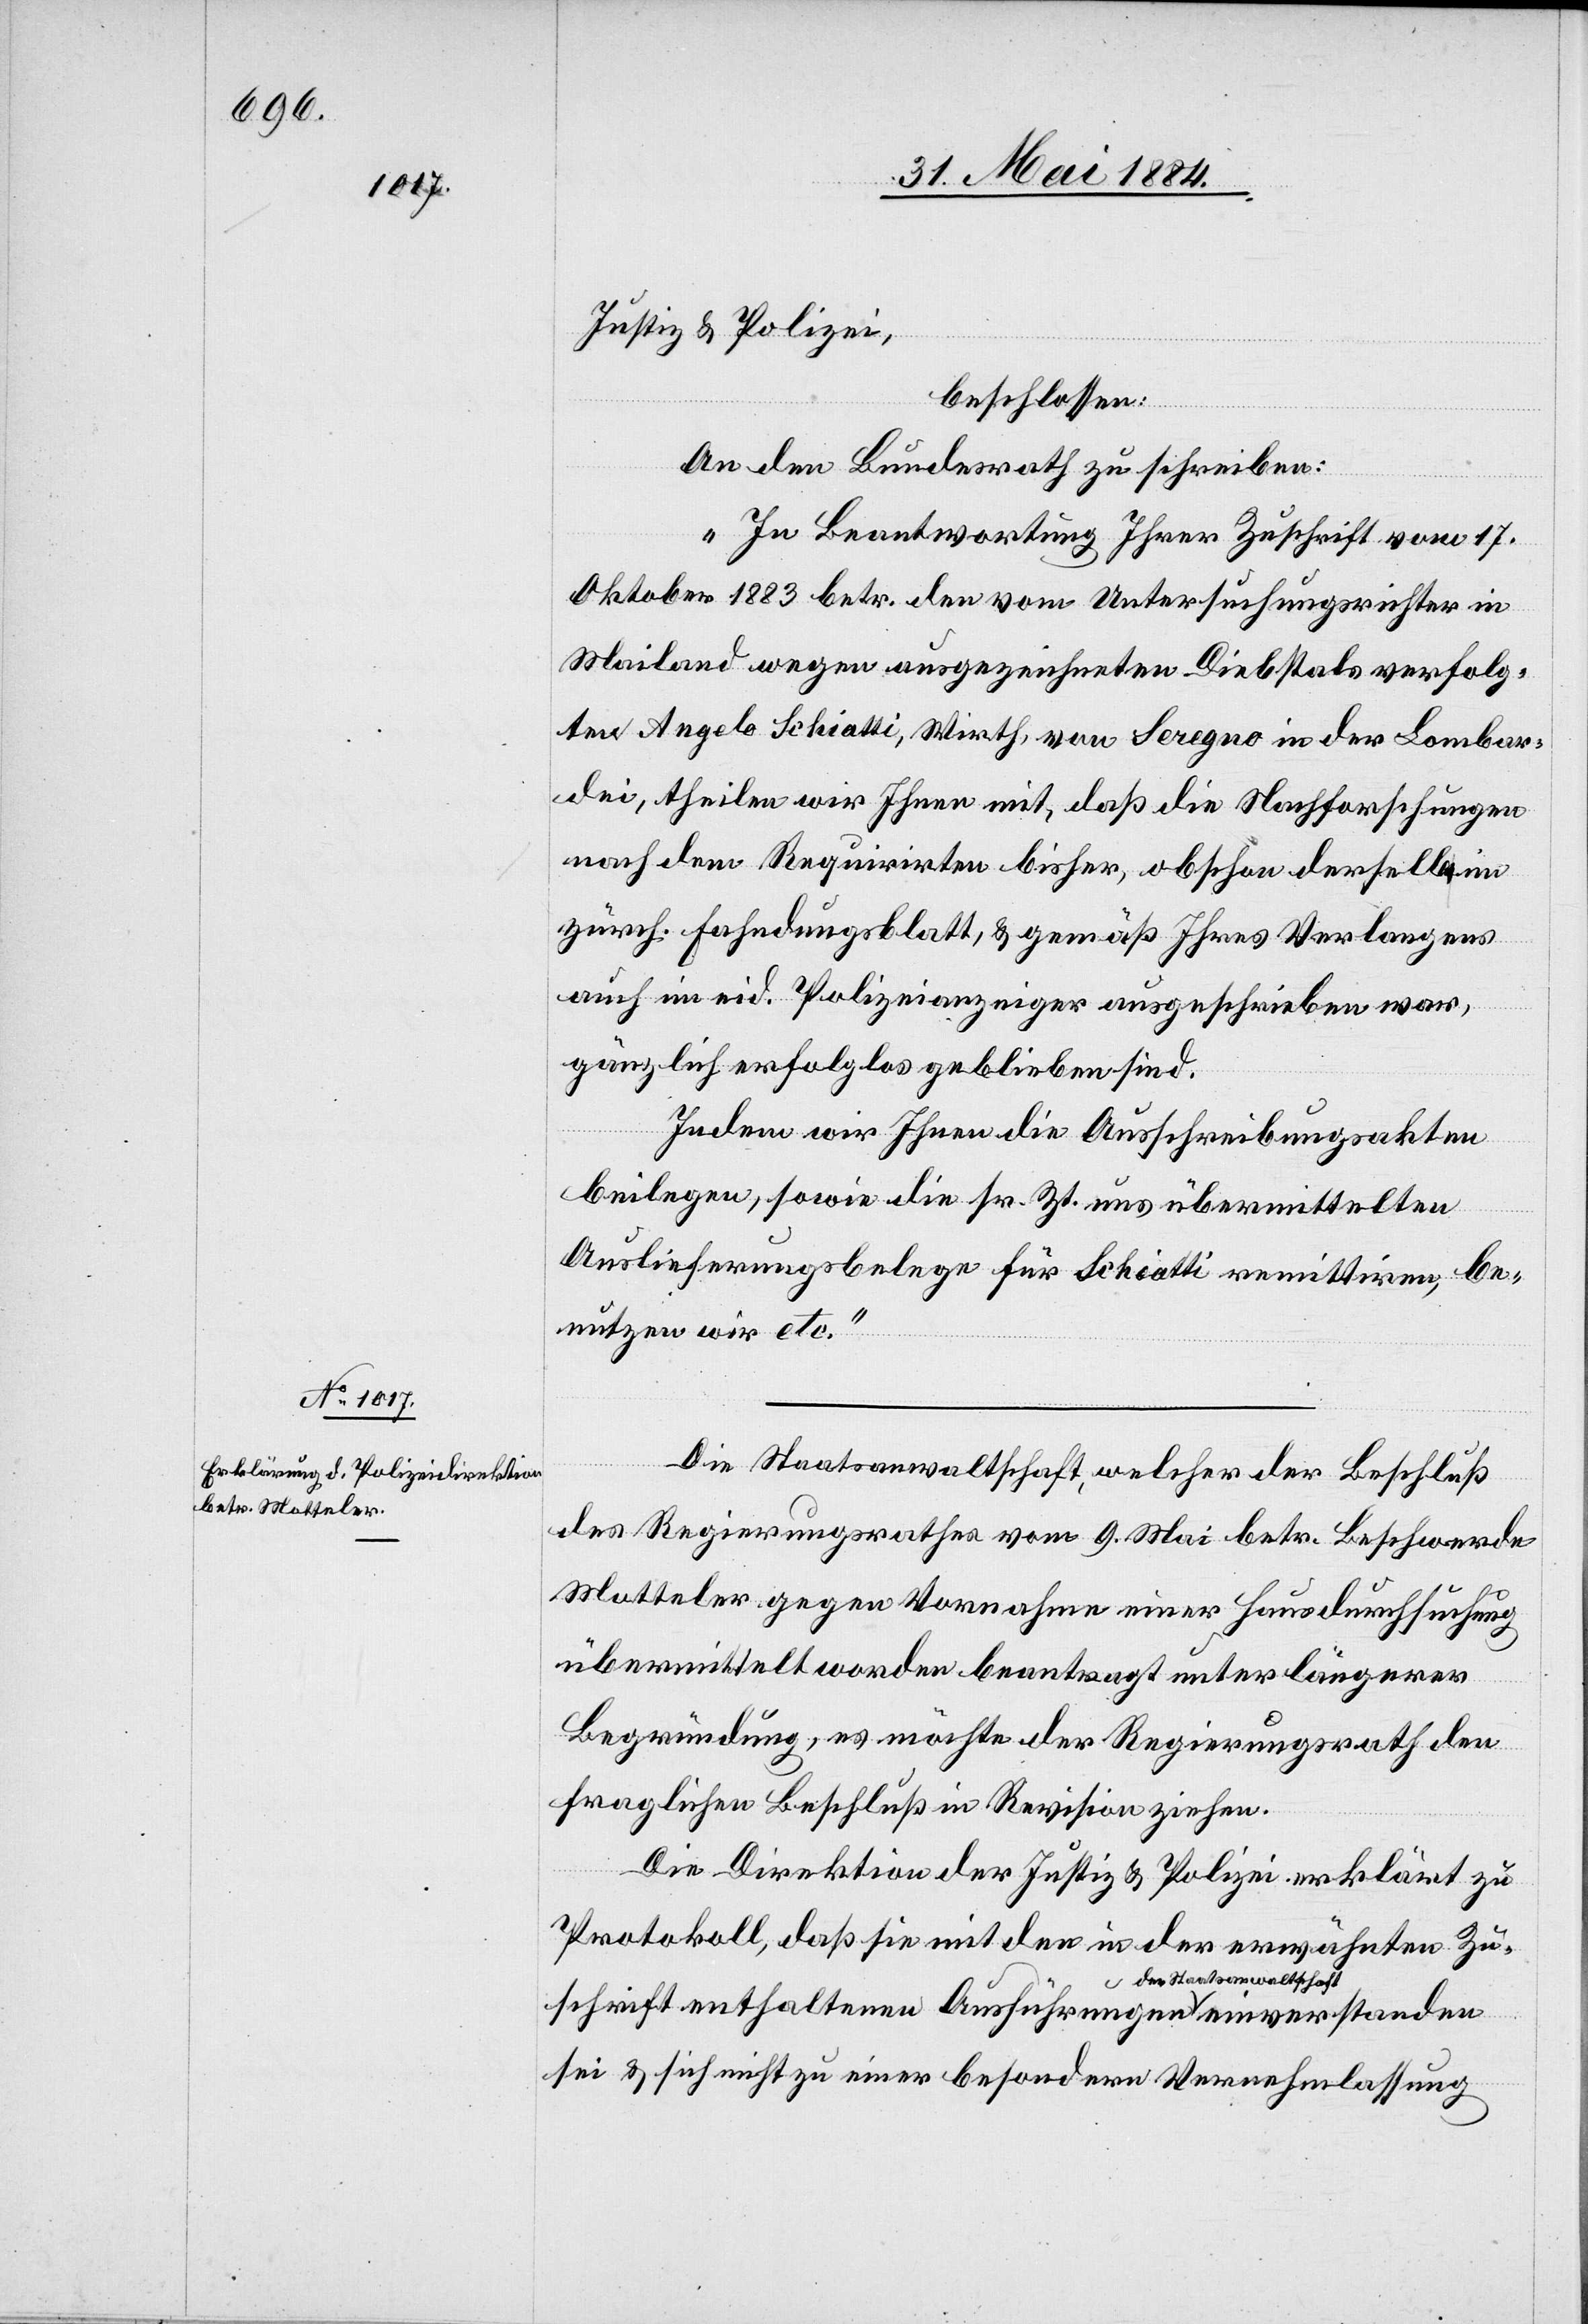
altschaft-a

Justiz & Polizei,
beschlossen:
An den Bundesrath zu schreiben:
„In Beantwortung Ihrer Zuschrift vom 17.
Oktober 1883 betr. den vom Untersuchungsrichter in
Mailand wegen ausgezeichneten Diebstals verfolg¬
ten Angelo Schiatti, Wirth, von Seregno in der Lombar¬
dei, theilen wir Ihnen mit, daß die Nachforschungen
nach dem Requirirten bisher, obschon derselbe im
zürch. Fahndungsblatt, & gemäß Ihres Verlangens
auch im eid. Polizeianzeiger ausgeschrieben war
gänzlich erfolglos geblieben sind.
Indem wir Ihnen die Ausschreibungsakten
beilegen, sowie die sr. Zt. uns übermittelten
Auslieferungsbelege für Schiatti remittiren, be¬
nutzen wir etc.“
Die Staatsanwaltschaft, welcher der Beschluß
des Regierungsrathes vom 9. Mai betr. Beschwerde
Motteler gegen Vornahme einer Hausdurchsuchung
übermittelt worden beantragt unter längerer
Begründung, es möchte der Regierungsrath den
fraglichen Beschluß in Revision ziehen.
Die Direktion der Justiz & Polizei erklärt zu
Protokoll, daß sie mit den in der erwähnten Zu¬
schrift enthaltenen Ausführungen a-der Staatsanw¬
sei & sich nicht zu einer besondern Vernehmlassung